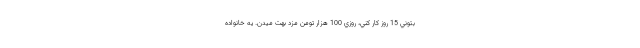
بتوني 15 روز كار كني، روزي 100 هزار تومن مزد بهت ميدن. يه خانواده